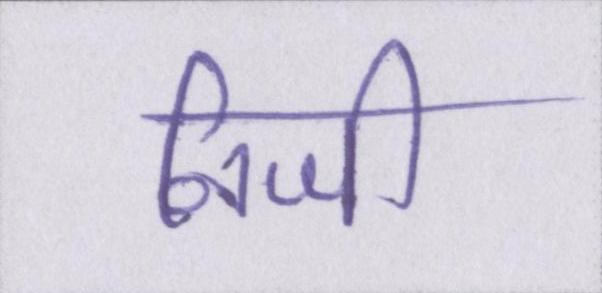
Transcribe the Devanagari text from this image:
निजी